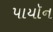
પાયૉન